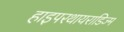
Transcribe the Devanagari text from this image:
हाइपरथायराडिज्म